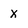
Character: x